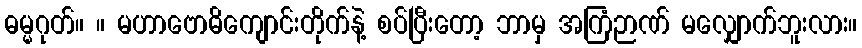
ဓမ္မဂုတ်။ ။ မဟာဗောဓိကျောင်းတိုက်နဲ့ စပ်ပြီးတော့ ဘာမှ အကြံဉာဏ် မလျှောက်ဘူးလား။